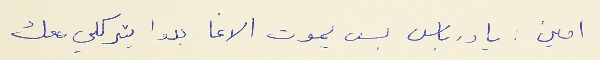
امين : يا درباس بس يموت الاغا بدو يتركلي معك